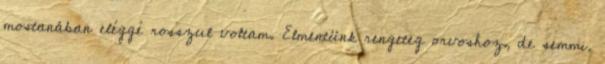
mostanában eléggé rosszul voltam. Elmentünk rengeteg orvoshoz, de semmi.